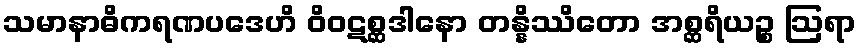
သမာနာဓိကရဏပဒေဟိ ဝိဝဋစ္ဆဒါနော တန္နိဿိတော အစ္ဆရိယဉ္စ ဩရာ